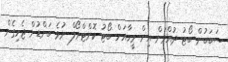
ސަބަަބުން ބޯޓު ދުއްވަން އިން މީހާއަށް ބޯޓު ކޮންޓްރޯލް ނުވެ ބަންޑުން ޖެހިގެން